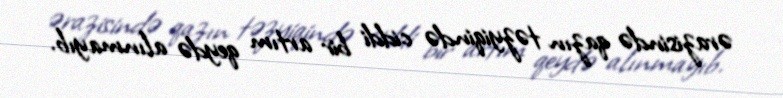
ərazisində qazın təzyiqində ciddi bir artım qeydə alınmayıb.